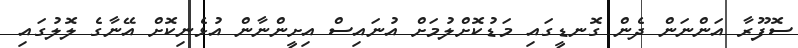
ސޮފޫރާ އަންނަން ދެން ގޮނޑީގައި މަޑުކޮށްލުމަށް އުނައިސް އިށީންނާން އުޅެނިކޮށް އޭނާގެ ލޮލުގައި